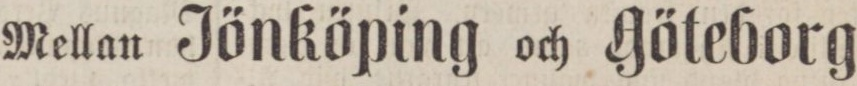
Mellan Jönköping och Göteborg